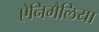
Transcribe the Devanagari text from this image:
ऐनिमैलिया